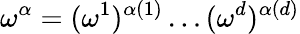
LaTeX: \omega^{\alpha}=(\omega^{1})^{\alpha(1)}\dots(\omega^{d})^{\alpha(d)}